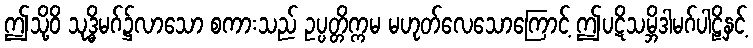
ဤသို့ဝိ သုဒ္ဓိမဂ်၌လာသော စကားသည် ဥပ္ပတ္တိက္ကမ မဟုတ်လေသောကြောင့် ဤပဋိသမ္ဘိဒါမဂ်ပါဠိနှင့်